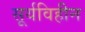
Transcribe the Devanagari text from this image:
सूर्यविहीन